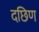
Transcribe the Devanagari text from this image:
दछिण